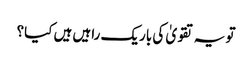
تو یہ تقویٰ کی باریک راہیں ہیں کیا؟